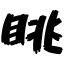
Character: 眺